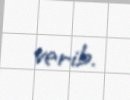
verib.